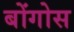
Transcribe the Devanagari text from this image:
बोंगोस